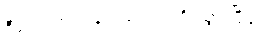
ဒီလောက်ပဲ၊ ခု ဒါတွေက ရိုးသွားပြီဗျ။